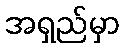
အရှည်မှာ